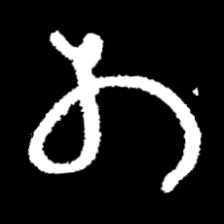
Pyu character \u2014 Myanmar letter: တ (romanized: ta)